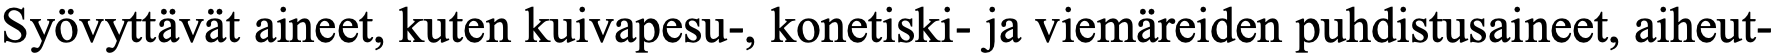
Syövyttävät aineet, kuten kuivapesu-, konetiski- ja viemäreiden puhdistusaineet, aiheut-